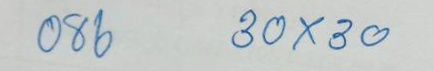
086 30x 30